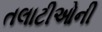
તલાટીઓની